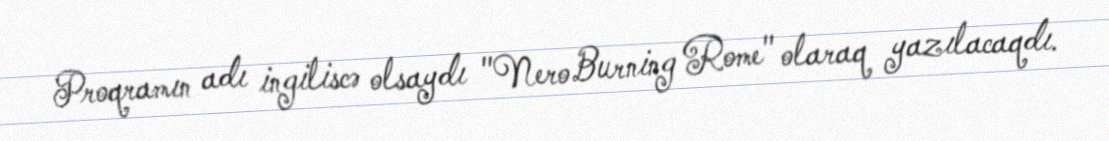
Proqramın adı ingiliscə olsaydı "Nero Burning Rome" olaraq yazılacaqdı.